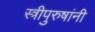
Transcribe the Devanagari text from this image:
स्त्रीपुरुषांनी